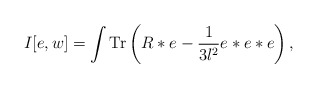
\begin{align*}I[e,w] = \int \mbox{Tr} \left( R * e - {1 \over 3l^2} e*e*e \right),\end{align*}